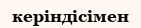
керіндісімен